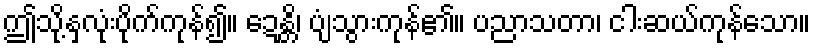
ဤသို့နှလုံးပိုက်ကုန်၍။ ဍေန္တိ၊ ပျံသွားကုန်၏။ ပညာသတာ၊ ငါးဆယ်ကုန်သော။